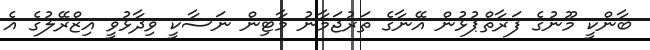
ބާންކީ މޫނުގެ ފަރާތްޕުޅުން އޭނާގެ ތަރުޖަމާނު މާޓިން ނަސާކީ ވިދާޅުވީ އިޒްރޭލުގެ އެ